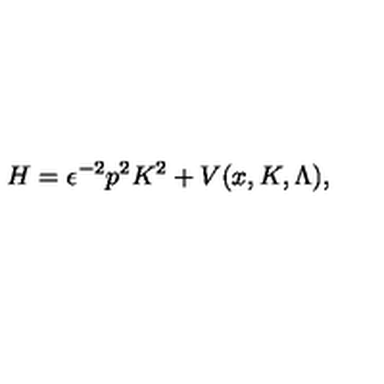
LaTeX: H = \epsilon ^ { - 2 } p ^ { 2 } K ^ { 2 } + V ( x , K , \Lambda ) ,